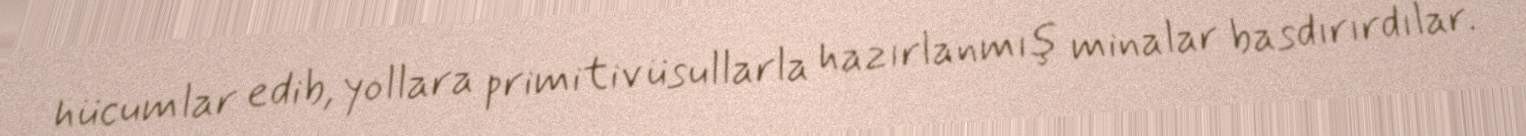
hücumlar edib, yollara primitiv üsullarla hazırlanmış minalar basdırırdılar.